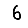
Digit: 6